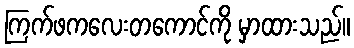
ကြက်ဖကလေးတကောင်ကို မှာထားသည်။